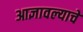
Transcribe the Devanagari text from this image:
आज्ञावल्याचे